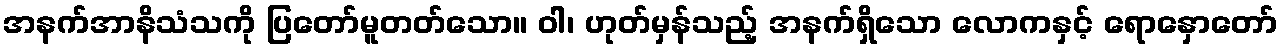
အနက်အာနိသံသကို ပြတော်မူတတ်သော။ ဝါ၊ ဟုတ်မှန်သည့် အနက်ရှိသော လောကနှင့် ရောနှောတော်